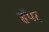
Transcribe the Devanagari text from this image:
सॅपर